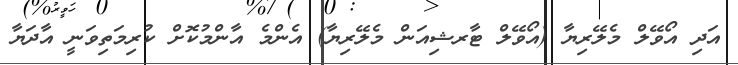
އަދި އޯވޭލް މެލޭރިޔާ (އޯވޭލް ޓާރޝިއަން މެލޭރިޔާ) އެންމެ އާންމުކޮށް ކުރިމަތިވަނީ އާދަޔާ